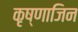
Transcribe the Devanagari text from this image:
कृष्णाजिन